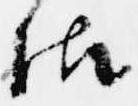
御